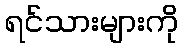
ရင်သားများကို